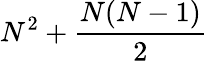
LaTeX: N^{2}+\frac{N(N-1)}{2}